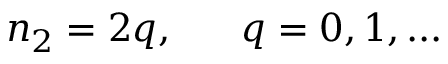
n _ { 2 } = 2 q , \ \ \ \ \ q = 0 , 1 , . . .